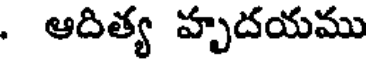
. ఆదిత్య హృదయము